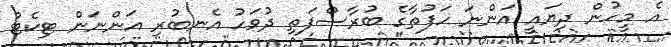
އެ މީހުން ދިޔައީ އަންނަ ހަފުތާގެ ބުރާސްފަތި ދުވަހު އެނބުރި އަންނަން ޓިކެޓް